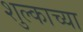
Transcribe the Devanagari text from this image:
शुल्काच्या